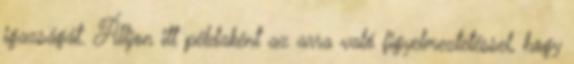
igazságát. Álljon itt példaként az arra való figyelmeztetéssel, hogy